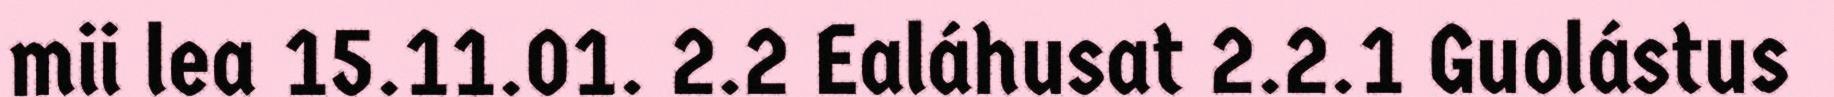
mii lea 15.11.01. 2.2 Ealáhusat 2.2.1 Guolástus